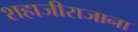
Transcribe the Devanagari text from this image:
शहाजीराजाना